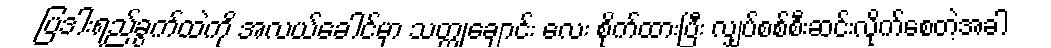
ပြဒါးရည်ခွက်ထဲကို အလယ်ခေါင်မှာ သတ္ထုချောင်း လေး စိုက်ထားပြီး လျှပ်စစ်စီးဆင်းလိုက်စေတဲ့အခါ